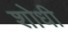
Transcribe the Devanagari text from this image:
शोधी